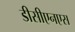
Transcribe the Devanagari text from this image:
डीसीएनएस